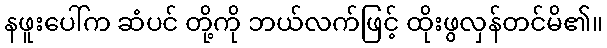
နဖူးပေါ်က ဆံပင် တို့ကို ဘယ်လက်ဖြင့် ထိုးဖွလှန်တင်မိ၏။